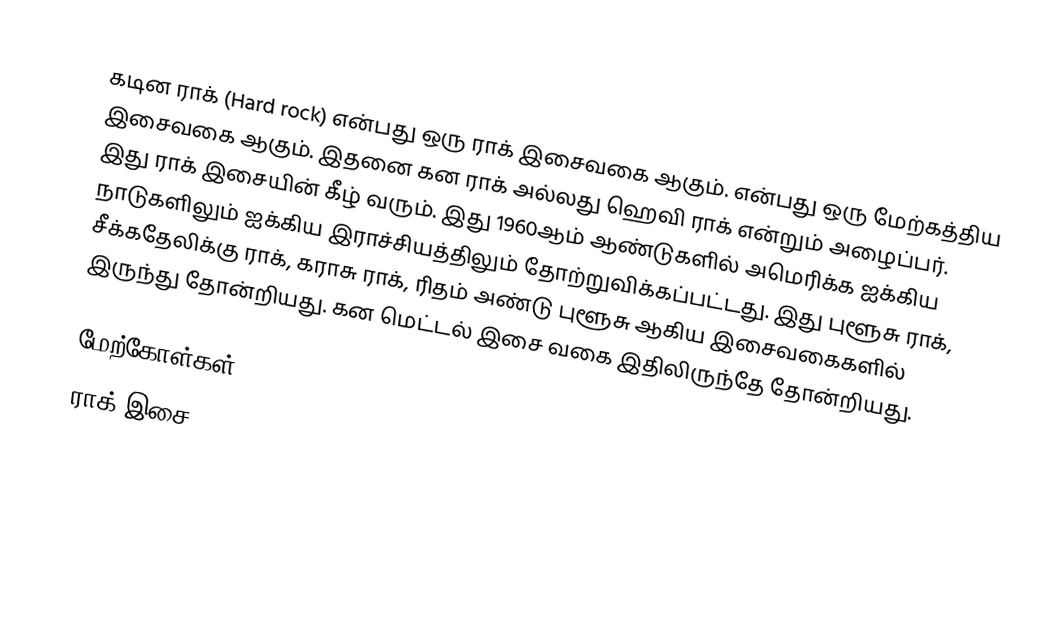
கடின ராக் (Hard rock) என்பது ஒரு ராக் இசைவகை ஆகும். என்பது ஒரு மேற்கத்திய இசைவகை ஆகும். இதனை கன ராக் அல்லது ஹெவி ராக் என்றும் அழைப்பர். இது ராக் இசையின் கீழ் வரும். இது 1960ஆம் ஆண்டுகளில் அமெரிக்க ஐக்கிய நாடுகளிலும் ஐக்கிய இராச்சியத்திலும் தோற்றுவிக்கப்பட்டது. இது புளூசு ராக், சீக்கதேலிக்கு ராக், கராசு ராக், ரிதம் அண்டு புளூசு ஆகிய இசைவகைகளில் இருந்து தோன்றியது. கன மெட்டல் இசை வகை இதிலிருந்தே தோன்றியது.

மேற்கோள்கள்
ராக் இசை